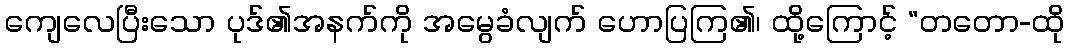
ကျေလေပြီးသော ပုဒ်၏အနက်ကို အမွေခံလျက် ဟောပြကြ၏၊ ထို့ကြောင့် “တတော-ထို